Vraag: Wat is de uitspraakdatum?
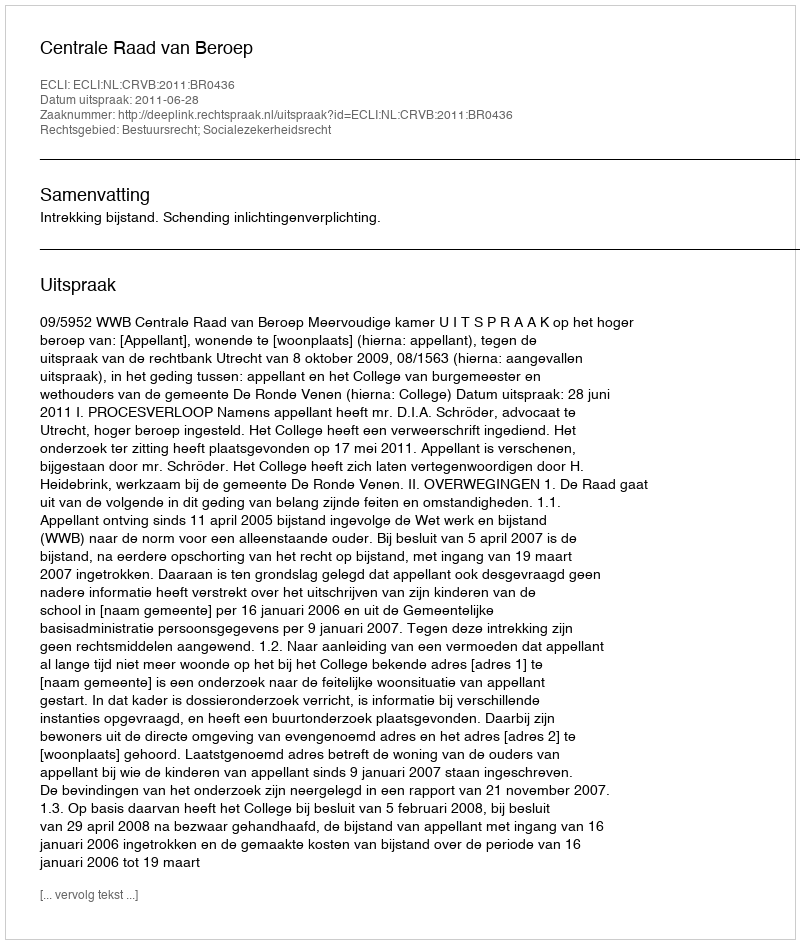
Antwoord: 2011-06-28